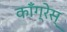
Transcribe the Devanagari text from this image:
कॉँँग्रेस्